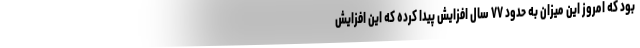
بود که امروز این میزان به حدود ۷۷ سال افزایش پیدا کرده که این افزایش